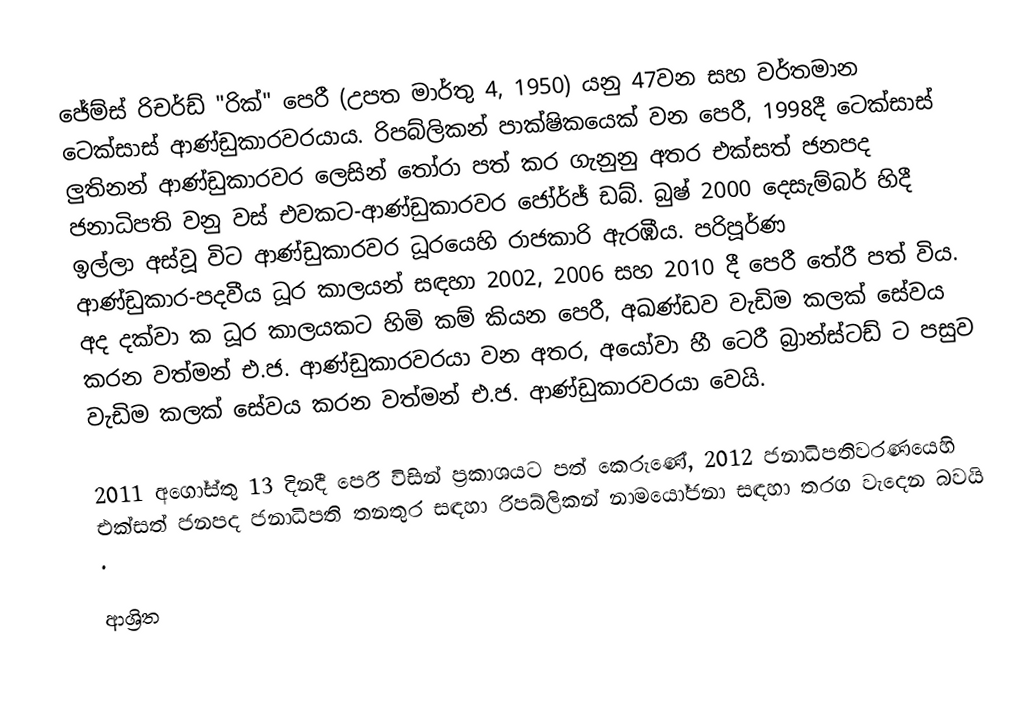
ජේම්ස් රිචර්ඩ් "රික්" පෙරී (උපත මාර්තු 4, 1950) යනු 47වන සහ වර්තමාන ටෙක්සාස් ආණ්ඩුකාරවරයාය. රිපබ්ලිකන් පාක්ෂිකයෙක් වන පෙරී, 1998දී  ටෙක්සාස් ලුතිනන් ආණ්ඩුකාරවර ලෙසින් තෝරා පත් කර ගැනුනු අතර එක්සත් ජනපද ජනාධිපති වනු වස් එවකට-ආණ්ඩුකාරවර ජෝර්ජ් ඩබ්. බුෂ් 2000 දෙසැම්බර් හිදී ඉල්ලා අස්වූ විට ආණ්ඩුකාරවර ධූරයෙහි රාජකාරි ඇරඹීය.  පරිපූර්ණ ආණ්ඩුකාර-පදවීය ධූර කාලයන් සඳහා 2002, 2006 සහ 2010 දී පෙරී තේරී පත් විය. අද දක්වා  ක ධූර කාලයකට හිමි කම් කියන පෙරී,  අඛණ්ඩව වැඩිම කලක් සේවය කරන වත්මන් එ.ජ. ආණ්ඩුකාරවරයා වන අතර, අයෝවා හී ටෙරී බ්‍රාන්ස්ටඩ් ට පසුව වැඩිම කලක් සේවය කරන වත්මන් එ.ජ. ආණ්ඩුකාරවරයා වෙයි.

2011 අගෝස්තු 13 දිනදී පෙරී විසින් ප්‍රකාශයට පත් කෙරුණේ,  2012 ජනාධිපතිවරණයෙහි  එක්සත් ජනපද ජනාධිපති තනතුර සඳහා රිපබ්ලිකන් නාමයෝජනා  සඳහා තරග වැදෙන බවයි .

ආශ්‍රිත